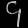
Digit: ၄